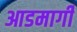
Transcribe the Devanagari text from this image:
आडमार्गीं